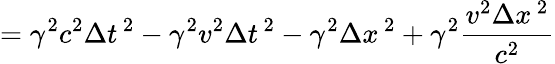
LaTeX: =\gamma^{2}c^{2}\Delta t^{\, 2}-\gamma^{2}v^{2}\Delta t^{\, 2}-\gamma^{2}\Delta x^{\, 2}+\gamma^{2}{\frac{v^{2}\Delta x^{\, 2}}{c^{2}}}